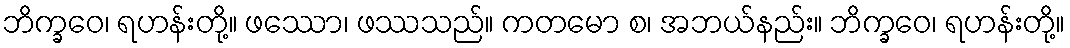
ဘိက္ခဝေ၊ ရဟန်းတို့။ ဖဿော၊ ဖဿသည်။ ကတမော စ၊ အဘယ်နည်း။ ဘိက္ခဝေ၊ ရဟန်းတို့။